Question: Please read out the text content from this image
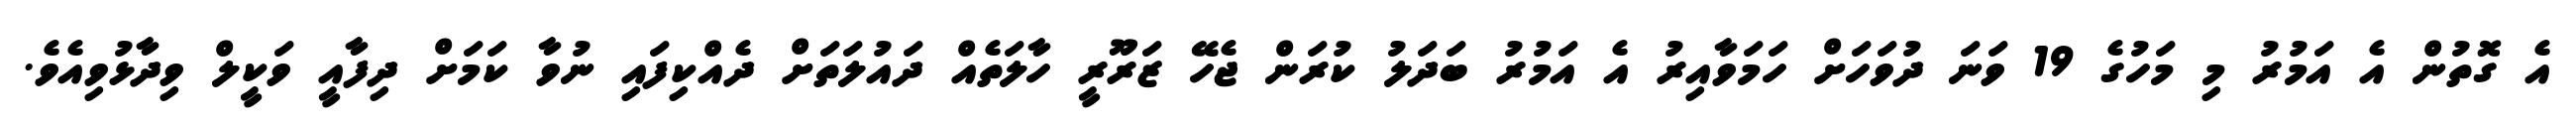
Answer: އެ ގޮތުން އެ އަމުރު މި މަހުގެ 19 ވަނަ ދުވަހަށް ހަމަވާއިރު އެ އަމުރު ބަދަލު ކުރަން ޖެހޭ ޒަރޫރީ ހާލަތެއް ދައުލަތަށް ދެއްކިފައި ނުވާ ކަމަށް ދިފާއީ ވަކީލް ވިދާޅުވިއެވެ.